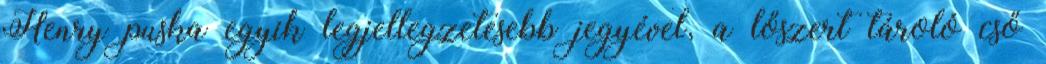
Henry puska egyik legjellegzetesebb jegyével, a lőszert tároló cső